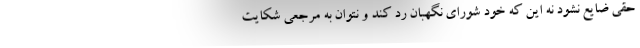
حقی ضایع نشود نه این که خود شورای نگهبان رد کند و نتوان به مرجعی شکایت